Report on the nature of kala-azar
Disease focus: Kala-Azar
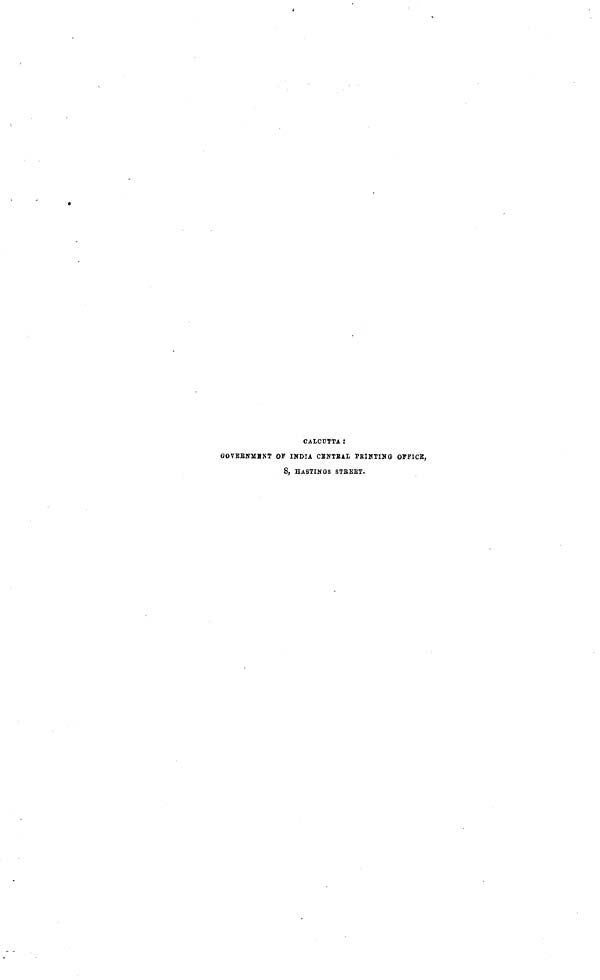
CALCUTTA :
GOVEBNMBNT OF IKDIA CBNTBAL PBIHTING OFFICE,
8, HASTINGS STBEET.